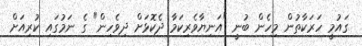
ގައުމީ ހަރަކާތުން މިހެން ބުނީ "އަނިޔާވެރިކަމާ ދެކޮޅަށް ދިވެހިން" ގެ ނަމުގައި ކުރިއަށް